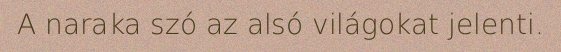
A naraka szó az alsó világokat jelenti.